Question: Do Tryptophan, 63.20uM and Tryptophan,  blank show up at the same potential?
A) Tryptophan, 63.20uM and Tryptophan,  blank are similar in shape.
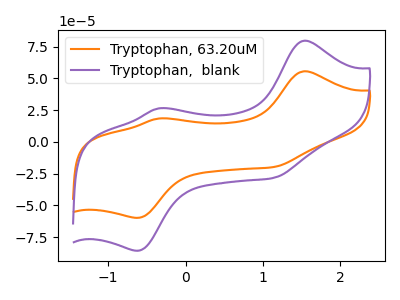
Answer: <think>The orange curve "Tryptophan, 63.20uM" has anodic peaks at (1.55V, 55.55uA) (-0.35V, 18.40uA) and cathodic peaks at (-0.60V, -59.75uA) (1.15V, -19.70uA). The purple curve "Tryptophan,  blank" has anodic peaks at (1.55V, 79.60uA) (-0.35V, 26.35uA) and cathodic peaks at (-0.60V, -85.60uA) (1.15V, -28.20uA).
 All the peaks in "Tryptophan, 63.20uM" have a peak in "Tryptophan,  blank" at the same potential. Every peak in "Tryptophan, 63.20uM" is lower than every peak in "Tryptophan,  blank".</think>
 <answer>A) "Tryptophan, 63.20uM" and "Tryptophan,  blank" are similar in shape.</answer>
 <eval>A</eval>